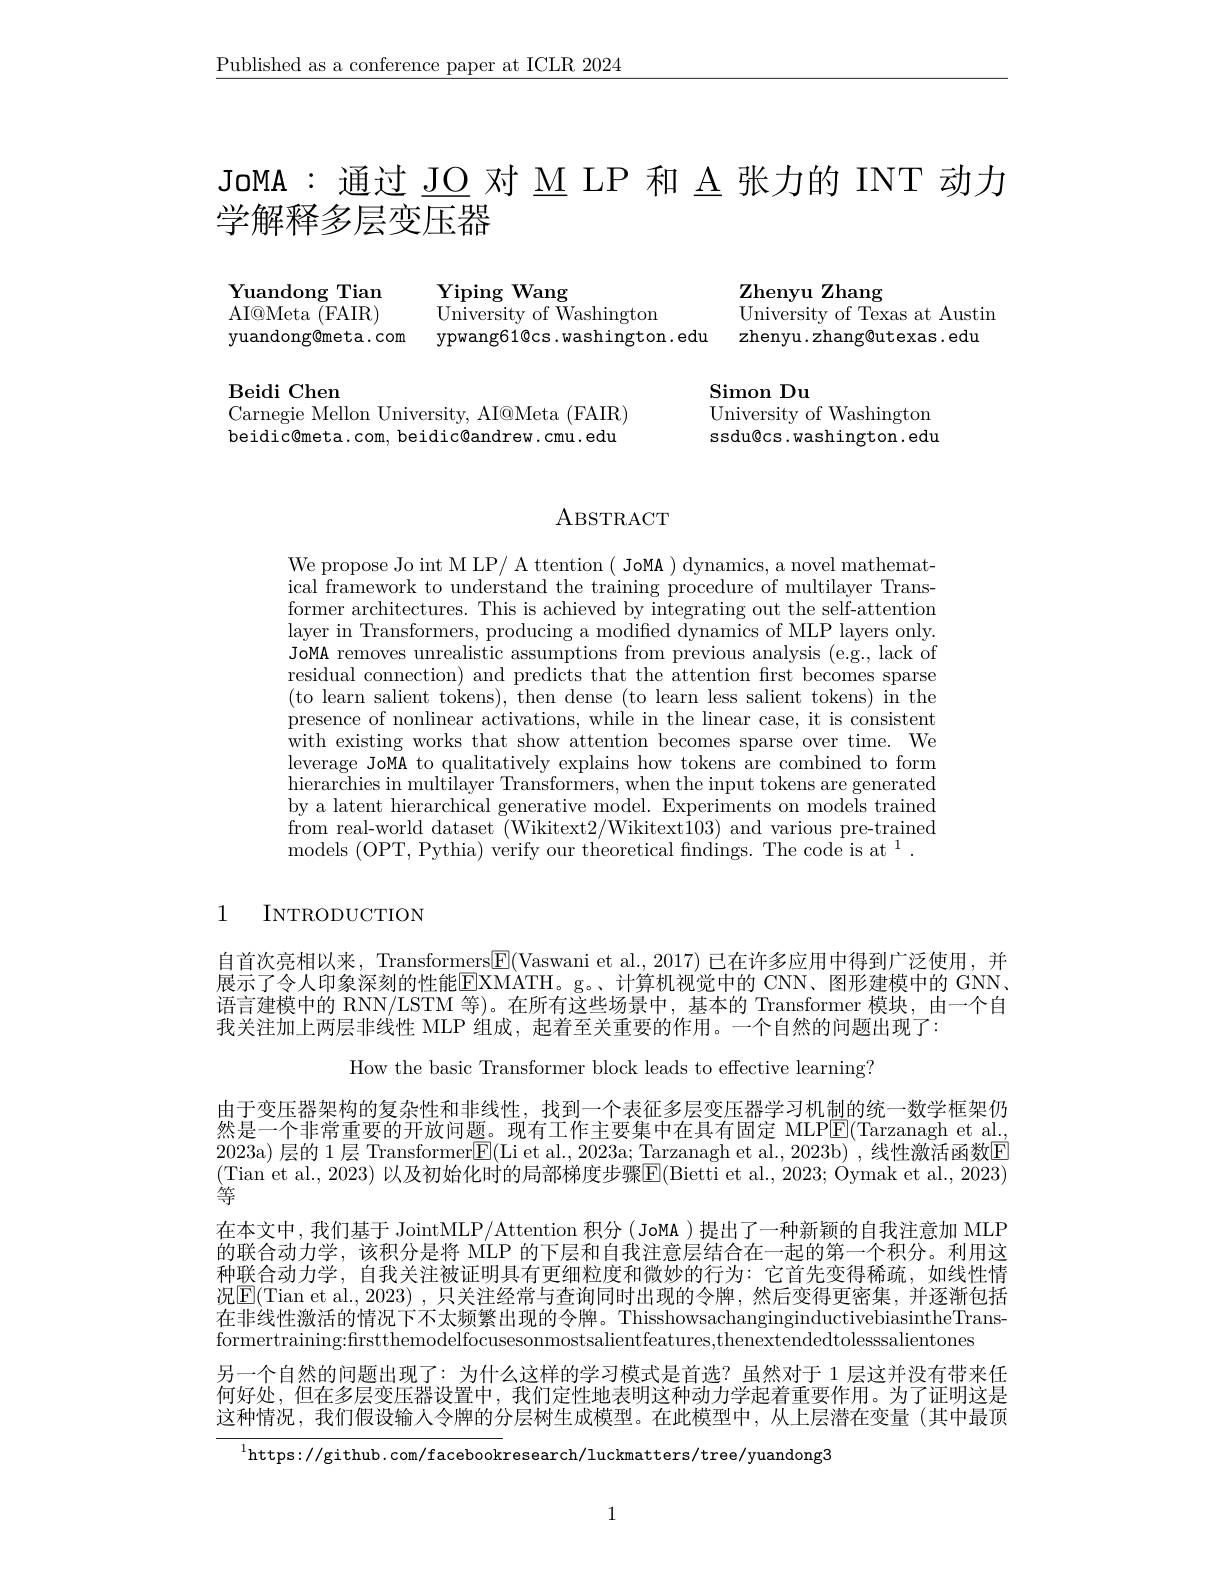
$\underline{\text{Published as a conference paper at ICLR 2024}}$

JoMA: 通过$\underline{\text{JO 对 M LP 和 A 张力的 INT 动力}}$
学解释多层变压器

Zhenyu Zhang
University of Texas at Austin

${\mathrm{Yiping~Wang}}$
University of Washington
yuandong@meta.com ypwang61@cs.washington.edu zhenyu.zhang@utexas.edu

Yuandong Tian ${\mathrm{AI@Meta~}}{\bar{(}{\mathrm{FAIR}})}$

$\operatorname{Simon}$Du
University of Washington ssdu@cs.washington.edu

Beidi Chen
Carnegie Mellon University, AI@Meta (FAIR) beidic@meta.com, beidic@andrew.cmu.edu

## ABSTRACT

We propose Jo int M LP/ A ttention ( JoMA ) dynamics, a novel mathematical framework to understand the training procedure of multilayer Transformer architectures. This is achieved by integrating out the self-attention layer in Transformers, producing a modified dynamics of MLP layers only. JoMA removes unrealistic assumptions from previous analysis (e.g., lack of residual connection) and predicts that the attention first becomes sparse (to learn salient tokens), then dense (to learn less salient tokens) in the presence of nonlinear activations, while in the linear case, it is consistent with existing works that show attention becomes sparse over time. We leverage JoMA to qualitatively explains how tokens are combined to form hierarchies in multilayer Transformers, when the input tokens are generated by a latent hierarchical generative model. Experiments on models trained from real-world dataset (Wikitext2/Wikitext103) and various pre-trained models (OPT, Pythia) verify our theoretical fndings. The code is at $^1.$

1

INTRODUCTION

自首次亮相以来，Transformers$\boxed{\mathrm{F}}($Vaswani et al., 2017) 已在许多应用中得到广泛使用，并展示了令人印象深刻的性能EXMATH。g。、计算机视觉中的 CNN、图形建模中的 GNN、 语言建模中的 RNN/LSTM 等)。在所有这些场景中，基本的 Transformer 模块，由一个自我关注加上两层非线性 MLP 组成，起着至关重要的作用。一个自然的问题出现了：

How the basic Transformer block leads to effective learning?

由于变压器架构的复杂性和非线性，找到一个表征多层变压器学习机制的统一数学框架仍然是一个非常重要的开放问题。现有工作主要集中在具有固定 MLPE(Tarzanagh et al., 2023a)层的 1 层 Transformer$\boxed{\mathrm{F}}($Li et al., 2023a; Tarzanagh et al., 2023b) , 线性激活函数E (Tian et al., 2023) 以及初始化时的局部梯度步骤$\boxed{\mathrm{F}}($Bietti et al., 2023; Oymak et al., 2023) 等
在本文中，我们基于 JointMLP/Attention 积分(JoMA )提出了一种新颖的自我注意加 MLP 的联合动力学，该积分是将 MLP 的下层和自我注意层结合在一起的第一个积分。利用这种联合动力学，自我关注被证明具有更细粒度和微妙的行为：它首先变得稀疏，如线性情况$\boxed{\mathrm{E}}($Tian et al.,2023),只关注经常与查询同时出现的令牌，然后变得更密集，并逐渐包括在非线性激活的情况下不太频繁出现的令牌。ThisshowsachanginginductivebiasintheTransformertraining:firstthemodelfocusesonmostsalientfeatures,thenextendedtolesssalientones
另一个自然的问题出现了：为什么这样的学习模式是首选？虽然对于 1 层这并没有带来任何好处，但在多层变压器设置中，我们定性地表明这种动力学起着重要作用。为了证明这是这种情况，我们假设输人令牌的分层树生成模型。在此模型中，从上层潜在变量(其中最顶

$^{1}$https://github.com/facebookresearch/luckmatters/tree/yuandong3

1